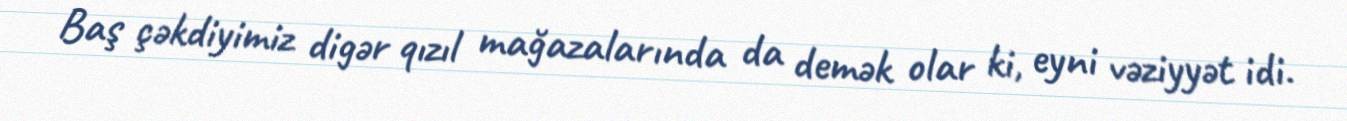
Baş çəkdiyimiz digər qızıl mağazalarında da demək olar ki, eyni vəziyyət idi.